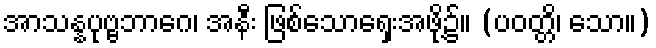
အာသန္နပုဗ္ဗဘာဂေ၊ အနီး ဖြစ်သောရှေးအဖို့၌။ (ပဝတ္တိ၊ သော။)